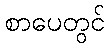
စာပေတွင်